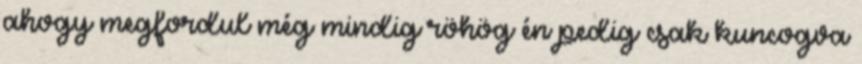
ahogy megfordul még mindig röhög én pedig csak kuncogva